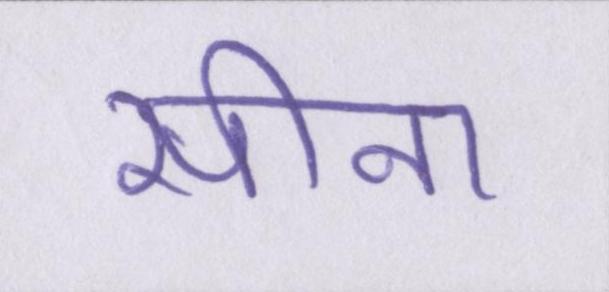
सीना